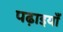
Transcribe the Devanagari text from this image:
पढ़ाइयाँ